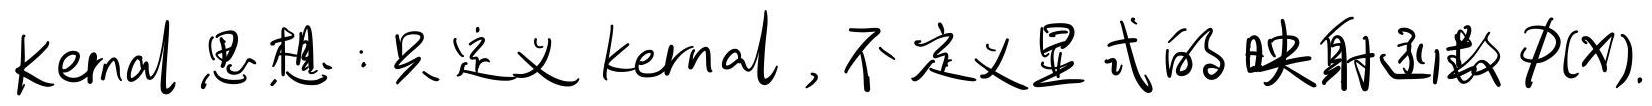
Kernel 思想：只定义 kernel，不定义显式的映射函数 $\phi(x)$.